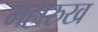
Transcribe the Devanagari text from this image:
महारुख